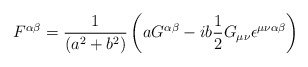
\begin{align*}F^{\alpha\beta}=\frac{1}{\left( a^{2}+b^{2}\right) }\left(aG^{\alpha\beta}-ib\frac{1}{2}G_{\mu\nu}\epsilon^{\mu\nu\alpha\beta}\right) \end{align*}